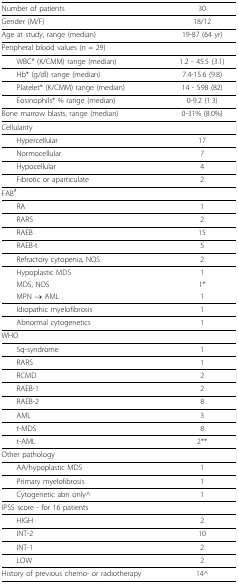
<table><thead><tr><td><b>Number of patients</b></td><td><b>30</b></td></tr></thead><tbody><tr><td>Gender (M/F)</td><td>18/12</td></tr><tr><td>Age at study, range (median)</td><td>19-87 (64 yr)</td></tr><tr><td>Peripheral blood values (n = 29)</td><td></td></tr><tr><td> WBC* (K/CMM) range (median)</td><td>1.2 - 45.5 (3.1)</td></tr><tr><td> Hb* (g/dl) range (median)</td><td>7.4-15.6 (9.8)</td></tr><tr><td> Platelet* (K/CMM) range (median)</td><td>14 - 598 (82)</td></tr><tr><td> Eosinophils* % range (median)</td><td>0-9.2 (1.3)</td></tr><tr><td>Bone marrow blasts, range (median)</td><td>0-31% (8.0%)</td></tr><tr><td>Cellularity</td><td></td></tr><tr><td> Hypercellular</td><td>17</td></tr><tr><td> Normocellular</td><td>7</td></tr><tr><td> Hypocellular</td><td>4</td></tr><tr><td> Fibrotic or aparticulate</td><td>2</td></tr><tr><td>FAB<sup># </sup></td><td></td></tr><tr><td> RA</td><td>1</td></tr><tr><td> RARS</td><td>2</td></tr><tr><td> RAEB</td><td>15</td></tr><tr><td> RAEB-t</td><td>5</td></tr><tr><td> Refractory cytopenia, NOS</td><td>2</td></tr><tr><td> Hypoplastic MDS</td><td>1</td></tr><tr><td> MDS, NOS</td><td>1*</td></tr><tr><td> MPN → AML</td><td>1</td></tr><tr><td> Idiopathic myelofibrosis</td><td>1</td></tr><tr><td> Abnormal cytogenetics</td><td>1</td></tr><tr><td>WHO</td><td></td></tr><tr><td> 5q-syndrome</td><td>1</td></tr><tr><td> RARS</td><td>1</td></tr><tr><td> RCMD</td><td>2</td></tr><tr><td> RAEB-1</td><td>2</td></tr><tr><td> RAEB-2</td><td>8</td></tr><tr><td> AML</td><td>3</td></tr><tr><td> t-MDS</td><td>8</td></tr><tr><td> t-AML</td><td>2**</td></tr><tr><td>Other pathology</td><td></td></tr><tr><td> AA/hypoplastic MDS</td><td>1</td></tr><tr><td> Primary myelofibrosis</td><td>1</td></tr><tr><td> Cytogenetic abn only^</td><td>1</td></tr><tr><td>IPSS score - for 16 patients</td><td></td></tr><tr><td> HIGH</td><td>2</td></tr><tr><td> INT-2</td><td>10</td></tr><tr><td> INT-1</td><td>2</td></tr><tr><td> LOW</td><td>2</td></tr><tr><td>History of previous chemo- or radiotherapy</td><td>14^</td></tr></tbody></table>